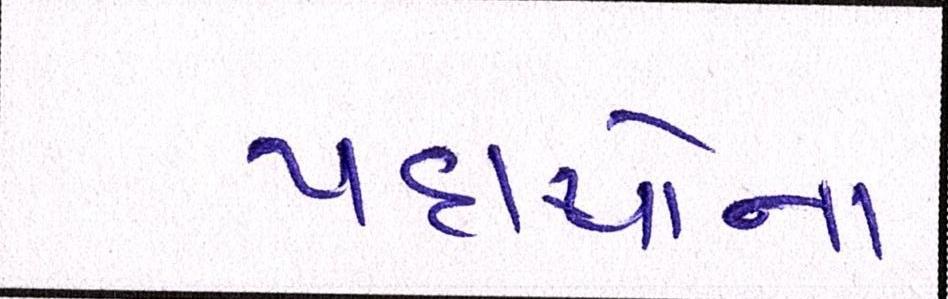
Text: પદાર્થોના